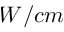
W / c m